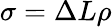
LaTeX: \sigma=\Delta L\rho